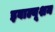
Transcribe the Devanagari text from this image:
इवाल्यूशन